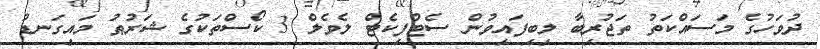
ދުވަހުގެ މަސައްކަތު ތަޖުރިބާ ލިބިފައިވުން ސެޓްފިކެޓް ލެވެލް 3 ކޯސްތަކުގެ ޝަރުޠު މައިގަނޑު